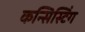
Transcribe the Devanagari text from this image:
कन्सिस्टिंग